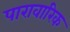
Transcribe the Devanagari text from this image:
पारावारिक